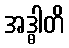
အဒ္ဓါတိ